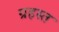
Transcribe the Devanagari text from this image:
ग्रहस्त